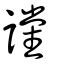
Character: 讜